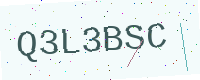
Text: Q3L3BSC